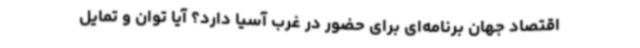
اقتصاد جهان برنامه‌ای برای حضور در غرب آسیا دارد؟ آیا توان و تمایل